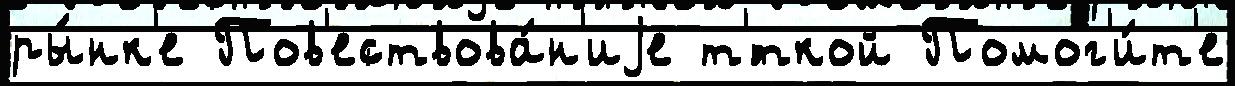
ры́нк'е Пов'ествова́н'иjе т'́ткой Помог'и́т'е